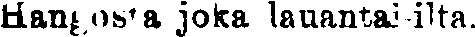
Hangosta joka lauantai-ilta.